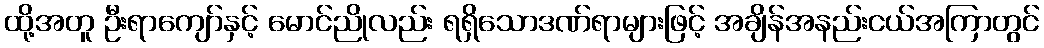
ထို့အတူ ဦးရာကျော်နှင့် မောင်ညိုလည်း ရရှိသောဒဏ်ရာများဖြင့် အချိန်အနည်းငယ်အကြာတွင်